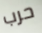
حرب